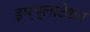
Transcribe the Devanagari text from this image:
इम्प्लांटेशन